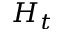
H _ { t }